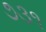
૭૩૧